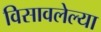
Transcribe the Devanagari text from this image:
विसावलेल्या